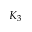
K _ { 3 }